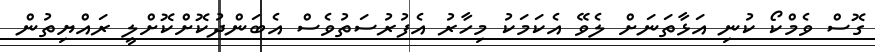
ގޮސް ވެމްކޯ ކުނި އަޅާތަނަށް ލެވޭ އެކަމަކު މިހާރު އެފުރުސަތުވެސް އެބަންދުކޮށްކޮށްލީ ރައްޔިތުން